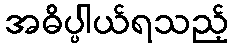
အဓိပ္ပါယ်ရသည့်